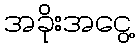
အခိုးအငွေ့